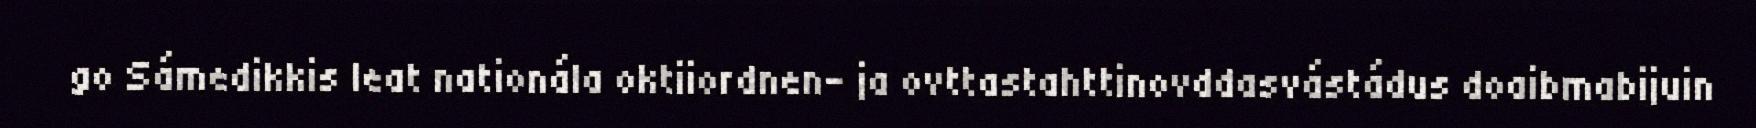
go Sámedikkis leat nationála oktiiordnen- ja ovttastahttinovddasvástádus doaibmabijuin